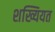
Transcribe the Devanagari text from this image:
शख्यियत